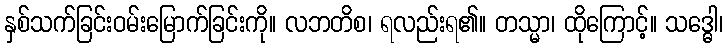
နှစ်သက်ခြင်းဝမ်းမြောက်ခြင်းကို။ လဘတိစ၊ ရလည်းရ၏။ တသ္မာ၊ ထိုကြောင့်။ သဒ္ဓေါ၊